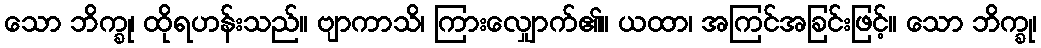
သော ဘိက္ခု၊ ထိုရဟန်းသည်။ ဗျာကာသိ၊ ကြားလျှောက်၏။ ယထာ၊ အကြင်အခြင်းဖြင့်။ သော ဘိက္ခု၊